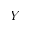
Y